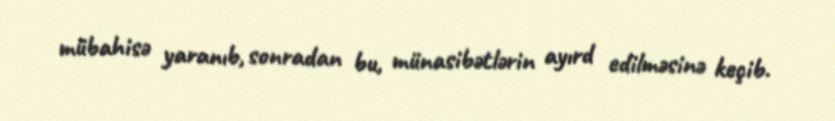
mübahisə yaranıb, sonradan bu, münasibətlərin ayırd edilməsinə keçib.